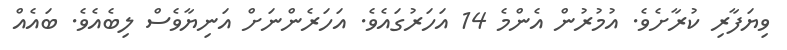
ވިޔަފާރި ކުރާށެވެ. އުމުރުން އެންމެ 14 އަހަރުގައެވެ. އަހަރެންނަށް އަނިޔާވެސް ލިބެއެވެ. ބައެއް